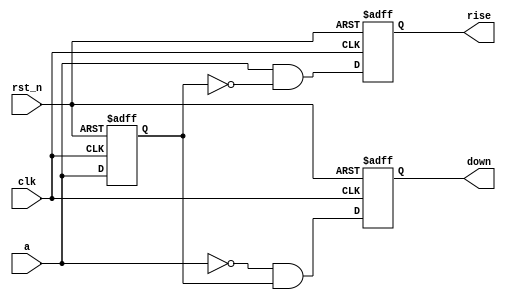
module edge_detect (
  input clk,
  input rst_n,
  input a,
  output reg rise,
  output reg down
);
  
  reg a_prev;
  
  always @(posedge clk or negedge rst_n) begin
    if (~rst_n)
      a_prev <= 1'b0;
    else
      a_prev <= a;
  end
  
  always @(posedge clk or negedge rst_n) begin
    if (~rst_n) begin
      rise <= 1'b0;
      down <= 1'b0;
    end else begin
      rise <= (a == 1'b1) && (a_prev == 1'b0);
      down <= (a == 1'b0) && (a_prev == 1'b1);
    end
  end
  
endmodule